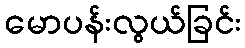
မောပန်းလွယ်ခြင်း